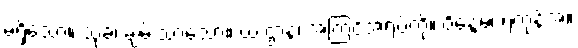
မရှိသော။ သုခံ၊ ချမ်းသာသော။ ယံ ဌာနံ၊ အကြင်အရပ်ကို။ ဝိန္ဒေမ၊ ရကုန်အံ့။